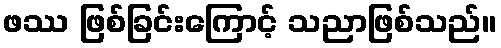
ဖဿ ဖြစ်ခြင်းကြောင့် သညာဖြစ်သည်။